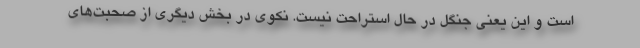
است و این یعنی جنگل در حال استراحت نیست. نکوی در بخش دیگری از صحبت‌های